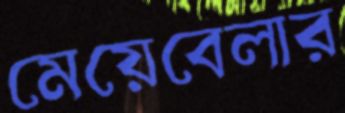
মেয়েবেলার